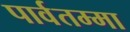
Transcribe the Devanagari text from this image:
पार्वतम्मा